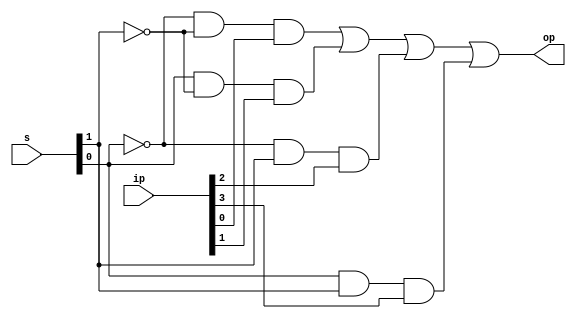
module mux4_1(op,ip,s);
	output op;
	input [3:0] ip;
	input [1:0] s;
	assign op=(~s[0] & ~s[1] & ip[0])|(s[0] & ~s[1] & ip[1])|(~s[0] & s[1] & ip[2])|(s[0] & s[1] & ip[3]);
endmodule